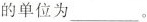
的单位为___。